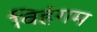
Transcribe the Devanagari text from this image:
विहंगम